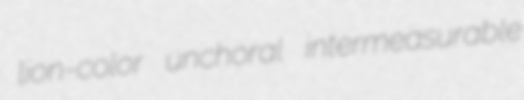
lion-color unchoral intermeasurable